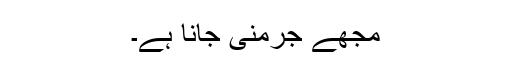
مجھے جرمنی جانا ہے۔